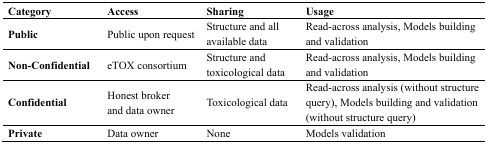
| Category | Access | Sharing | Usage |
 | --- | --- | --- | --- |
 | Public | Public upon request | Structure and all available data | Read-across analysis, Models building and validation |
 | Non-Confidential | eTOX consortium | Structure and toxicological data | Read-across analysis, Models building and validation |
 | Confidential | Honest broker and data owner | Toxicological data | Read-across analysis (without structure query), Models building and validation (without structure query) |
 | Private | Data owner | None | Models validation |